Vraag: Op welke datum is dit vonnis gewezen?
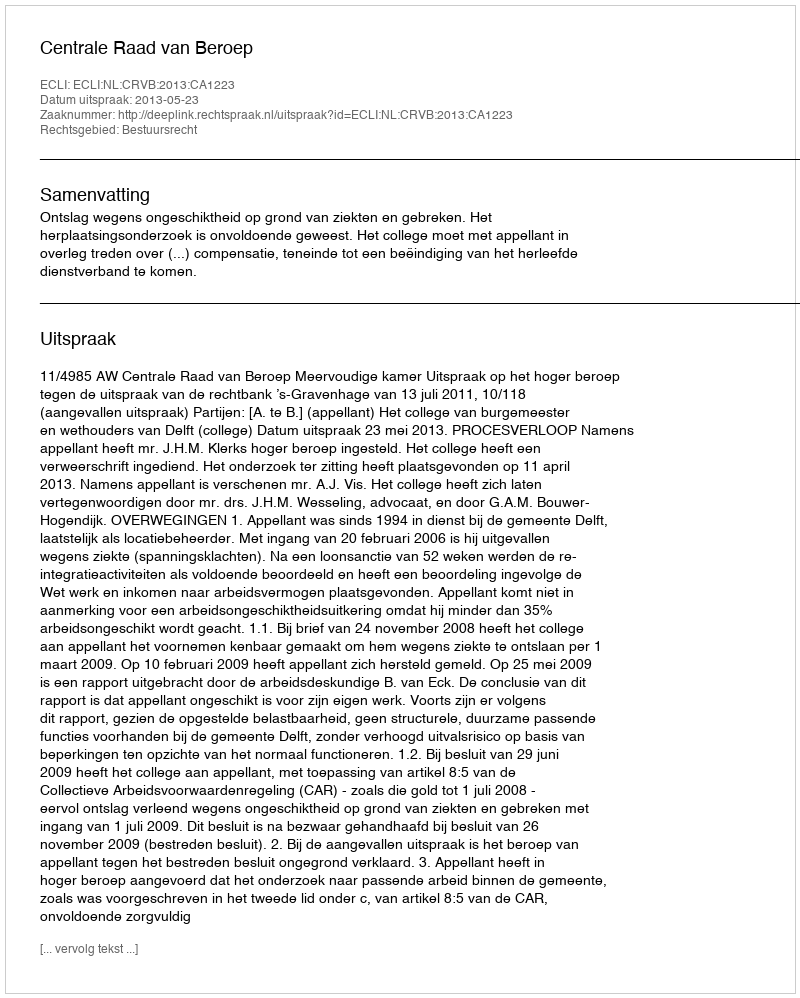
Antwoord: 2013-05-23